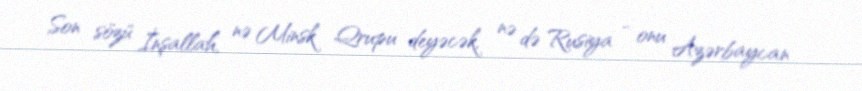
Son sözü İnşallah, nə Minsk Qrupu deyəcək, nə də Rusiya - onu Azərbaycan